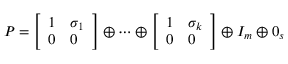
P = { \left[ \begin{array} { l l } { 1 } & { \sigma _ { 1 } } \\ { 0 } & { 0 } \end{array} \right] } \oplus \cdots \oplus { \left[ \begin{array} { l l } { 1 } & { \sigma _ { k } } \\ { 0 } & { 0 } \end{array} \right] } \oplus I _ { m } \oplus 0 _ { s }